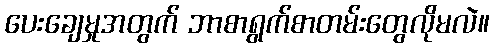
ပေးချေမှုအတွက် ဘာစာရွက်စာတမ်းတွေလိုမလဲ။